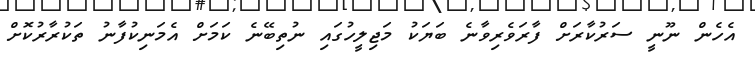
އެހެން ނޫނީ ސަރުކާރަށް ފާރަވެރިވާނެ ބަޔަކު މަޖިލީހުގައި ނުތިބޭނެ ކަމަށް އެމަނިކުފާނު ތަކުރާރުކޮށް